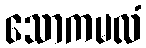
သောကမလံ